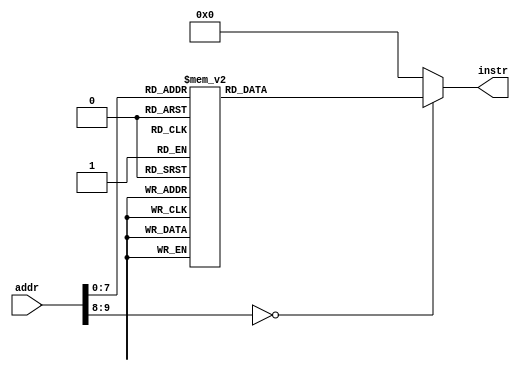
// this file is generated automatically
module Imem (
	input [9:0] addr,
	output reg[31:0] instr
);
	always @(addr) begin
		case (addr)
			10'b0000000000 : instr = 32'h00100493;
			10'b0000000001 : instr = 32'h0100006f;
			10'b0000000010 : instr = 32'h00100493;
			10'b0000000011 : instr = 32'h00200913;
			10'b0000000100 : instr = 32'h00300993;
			10'b0000000101 : instr = 32'h0100006f;
			10'b0000000110 : instr = 32'h00100493;
			10'b0000000111 : instr = 32'h00200913;
			10'b0000001000 : instr = 32'h00300993;
			10'b0000001001 : instr = 32'h0100006f;
			10'b0000001010 : instr = 32'h00100493;
			10'b0000001011 : instr = 32'h00200913;
			10'b0000001100 : instr = 32'h00300993;
			10'b0000001101 : instr = 32'h0100006f;
			10'b0000001110 : instr = 32'h00100493;
			10'b0000001111 : instr = 32'h00200913;
			10'b0000010000 : instr = 32'h00300993;
			10'b0000010001 : instr = 32'h190000ef;
			10'b0000010010 : instr = 32'h00100413;
			10'b0000010011 : instr = 32'h00100493;
			10'b0000010100 : instr = 32'h01f49493;
			10'b0000010101 : instr = 32'h00900533;
			10'b0000010110 : instr = 32'h02200893;
			10'b0000010111 : instr = 32'h00000073;
			10'b0000011000 : instr = 32'h0024d493;
			10'b0000011001 : instr = 32'h00048463;
			10'b0000011010 : instr = 32'hfedff06f;
			10'b0000011011 : instr = 32'h00900533;
			10'b0000011100 : instr = 32'h02200893;
			10'b0000011101 : instr = 32'h00000073;
			10'b0000011110 : instr = 32'h00100493;
			10'b0000011111 : instr = 32'h00249493;
			10'b0000100000 : instr = 32'h00900533;
			10'b0000100001 : instr = 32'h02200893;
			10'b0000100010 : instr = 32'h00000073;
			10'b0000100011 : instr = 32'h00048463;
			10'b0000100100 : instr = 32'hfedff06f;
			10'b0000100101 : instr = 32'h00100493;
			10'b0000100110 : instr = 32'h01f49493;
			10'b0000100111 : instr = 32'h00900533;
			10'b0000101000 : instr = 32'h02200893;
			10'b0000101001 : instr = 32'h00000073;
			10'b0000101010 : instr = 32'h4034d493;
			10'b0000101011 : instr = 32'h00900533;
			10'b0000101100 : instr = 32'h02200893;
			10'b0000101101 : instr = 32'h00000073;
			10'b0000101110 : instr = 32'h4044d493;
			10'b0000101111 : instr = 32'h00900533;
			10'b0000110000 : instr = 32'h02200893;
			10'b0000110001 : instr = 32'h00000073;
			10'b0000110010 : instr = 32'h4044d493;
			10'b0000110011 : instr = 32'h00900533;
			10'b0000110100 : instr = 32'h02200893;
			10'b0000110101 : instr = 32'h00000073;
			10'b0000110110 : instr = 32'h4044d493;
			10'b0000110111 : instr = 32'h00900533;
			10'b0000111000 : instr = 32'h02200893;
			10'b0000111001 : instr = 32'h00000073;
			10'b0000111010 : instr = 32'h4044d493;
			10'b0000111011 : instr = 32'h00900533;
			10'b0000111100 : instr = 32'h02200893;
			10'b0000111101 : instr = 32'h00000073;
			10'b0000111110 : instr = 32'h4044d493;
			10'b0000111111 : instr = 32'h00900533;
			10'b0001000000 : instr = 32'h02200893;
			10'b0001000001 : instr = 32'h00000073;
			10'b0001000010 : instr = 32'h4044d493;
			10'b0001000011 : instr = 32'h00900533;
			10'b0001000100 : instr = 32'h02200893;
			10'b0001000101 : instr = 32'h00000073;
			10'b0001000110 : instr = 32'h4044d493;
			10'b0001000111 : instr = 32'h00900533;
			10'b0001001000 : instr = 32'h02200893;
			10'b0001001001 : instr = 32'h00000073;
			10'b0001001010 : instr = 32'h00100413;
			10'b0001001011 : instr = 32'h01f41993;
			10'b0001001100 : instr = 32'h41f9d993;
			10'b0001001101 : instr = 32'h00000433;
			10'b0001001110 : instr = 32'h00c00913;
			10'b0001001111 : instr = 32'h00300b13;
			10'b0001010000 : instr = 32'h00140413;
			10'b0001010001 : instr = 32'h00f47413;
			10'b0001010010 : instr = 32'h00800293;
			10'b0001010011 : instr = 32'h00100313;
			10'b0001010100 : instr = 32'h00499993;
			10'b0001010101 : instr = 32'h0089e9b3;
			10'b0001010110 : instr = 32'h01300533;
			10'b0001010111 : instr = 32'h02200893;
			10'b0001011000 : instr = 32'h00000073;
			10'b0001011001 : instr = 32'h406282b3;
			10'b0001011010 : instr = 32'hfe0294e3;
			10'b0001011011 : instr = 32'h00140413;
			10'b0001011100 : instr = 32'h00f00f93;
			10'b0001011101 : instr = 32'h01f47433;
			10'b0001011110 : instr = 32'h01c41413;
			10'b0001011111 : instr = 32'h00800293;
			10'b0001100000 : instr = 32'h00100313;
			10'b0001100001 : instr = 32'h0049d993;
			10'b0001100010 : instr = 32'h0089e9b3;
			10'b0001100011 : instr = 32'h01300533;
			10'b0001100100 : instr = 32'h02200893;
			10'b0001100101 : instr = 32'h00000073;
			10'b0001100110 : instr = 32'h406282b3;
			10'b0001100111 : instr = 32'hfe0294e3;
			10'b0001101000 : instr = 32'h01c45413;
			10'b0001101001 : instr = 32'h406b0b33;
			10'b0001101010 : instr = 32'h000b0463;
			10'b0001101011 : instr = 32'hf95ff06f;
			10'b0001101100 : instr = 32'h000002b3;
			10'b0001101101 : instr = 32'hfff2c293;
			10'b0001101110 : instr = 32'h00829293;
			10'b0001101111 : instr = 32'h0ff2e293;
			10'b0001110000 : instr = 32'h00500533;
			10'b0001110001 : instr = 32'h02200893;
			10'b0001110010 : instr = 32'h00000073;
			10'b0001110011 : instr = 32'h00a00893;
			10'b0001110100 : instr = 32'h00000073;
			10'b0001110101 : instr = 32'h00000413;
			10'b0001110110 : instr = 32'h00140413;
			10'b0001110111 : instr = 32'h00800533;
			10'b0001111000 : instr = 32'h02200893;
			10'b0001111001 : instr = 32'h00000073;
			10'b0001111010 : instr = 32'h00240413;
			10'b0001111011 : instr = 32'h00800533;
			10'b0001111100 : instr = 32'h02200893;
			10'b0001111101 : instr = 32'h00000073;
			10'b0001111110 : instr = 32'h00340413;
			10'b0001111111 : instr = 32'h00800533;
			10'b0010000000 : instr = 32'h02200893;
			10'b0010000001 : instr = 32'h00000073;
			10'b0010000010 : instr = 32'h00440413;
			10'b0010000011 : instr = 32'h00800533;
			10'b0010000100 : instr = 32'h02200893;
			10'b0010000101 : instr = 32'h00000073;
			10'b0010000110 : instr = 32'h00540413;
			10'b0010000111 : instr = 32'h00800533;
			10'b0010001000 : instr = 32'h02200893;
			10'b0010001001 : instr = 32'h00000073;
			10'b0010001010 : instr = 32'h00640413;
			10'b0010001011 : instr = 32'h00800533;
			10'b0010001100 : instr = 32'h02200893;
			10'b0010001101 : instr = 32'h00000073;
			10'b0010001110 : instr = 32'h00740413;
			10'b0010001111 : instr = 32'h00800533;
			10'b0010010000 : instr = 32'h02200893;
			10'b0010010001 : instr = 32'h00000073;
			10'b0010010010 : instr = 32'h00840413;
			10'b0010010011 : instr = 32'h00800533;
			10'b0010010100 : instr = 32'h02200893;
			10'b0010010101 : instr = 32'h02200893;
			10'b0010010110 : instr = 32'h00000073;
			10'b0010010111 : instr = 32'h00008067;
			default: instr = 0;
		endcase
	end
endmodule